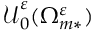
\boldsymbol { \mathcal { U } } _ { 0 } ^ { \varepsilon } ( \Omega _ { m * } ^ { \varepsilon } )